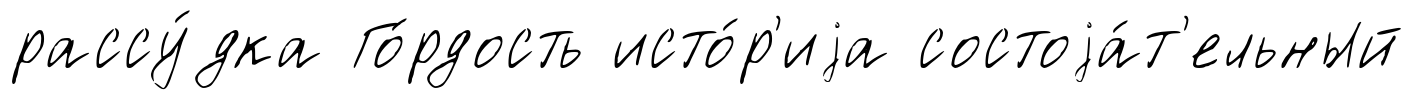
рассу́дка Го́рдость исто́р'иjа состоjа́т'ельный